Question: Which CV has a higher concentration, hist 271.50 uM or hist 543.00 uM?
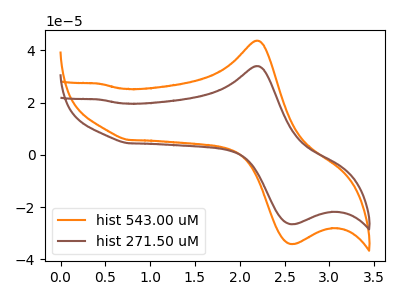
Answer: <think>The orange curve "hist 543.00 uM" has an anodic peak at (2.20V, 43.75uA) and a cathodic peak at (2.60V, -34.15uA). The brown curve "hist 271.50 uM" has an anodic peak at (2.20V, 34.05uA) and a cathodic peak at (2.60V, -26.55uA).
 All the peaks in "hist 271.50 uM" have a peak in "hist 543.00 uM" at the same potential. Every peak in "hist 271.50 uM" is lower than every peak in "hist 543.00 uM".</think>
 <answer>"hist 271.50 uM" has less signal than "hist 543.00 uM" and so likely has a lower concentration.</answer>
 <eval>less_concentration</eval>